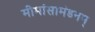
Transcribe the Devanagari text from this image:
मीमांसामंडनम्